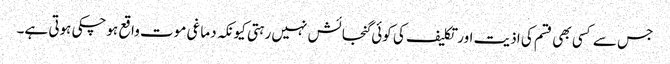
جس سے کسی بھی قسم کی اذیت اور تکلیف کی کوئی گنجائش نہیں رہتی کیونکہ دماغی موت واقع ہوچکی ہوتی ہے۔